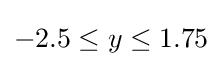
-2.5\leq y\leq 1.75